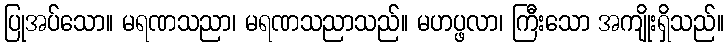
ပြုအပ်သော။ မရဏသညာ၊ မရဏသညာသည်။ မဟပ္ဖလာ၊ ကြီးသော အကျိုးရှိသည်။